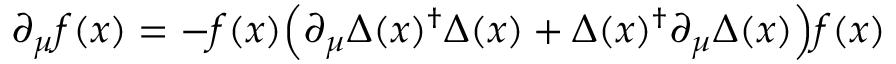
\partial _ { \mu } f ( x ) = - f ( x ) \Bigl ( \partial _ { \mu } \Delta ( x ) ^ { \dagger } \Delta ( x ) + \Delta ( x ) ^ { \dagger } \partial _ { \mu } \Delta ( x ) \Bigr ) f ( x )